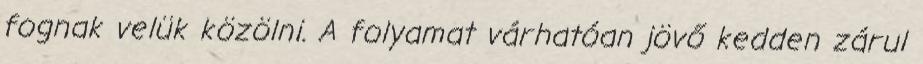
fognak velük közölni. A folyamat várhatóan jövő kedden zárul